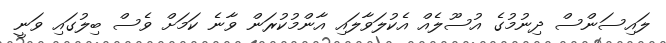
ލައިސަންސް ދިނުމުގެ އުސޫލެއް އެކުލަވާލައި އާންމުކުރަން ވާނެ ކަމަށް ވެސް ބިލުގައި ވަނީ